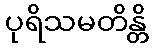
ပုရိသမတိန္တိ